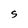
Character: S